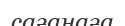
сағанаға